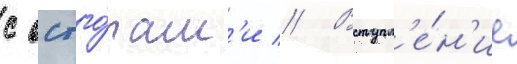
с остго́там'и // Вступл'е́н'ие